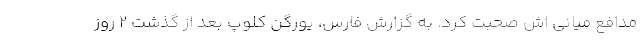
مدافع میانی اش صحبت کرد. به گزارش فارس، یورگن کلوپ بعد از گذشت 2 روز